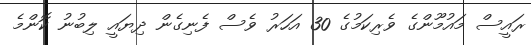
ރައީސް މައުމޫންގެ ވެރިކަމުގެ 30 އަހަރު ވެސް ފެނިގެން ދިޔައީ ލިބުނު ކޮންމެ